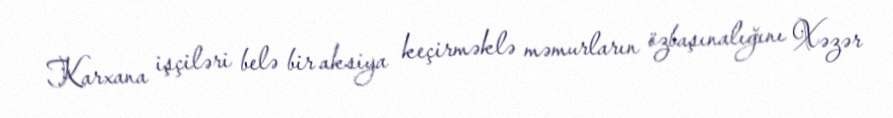
Karxana işçiləri belə bir aksiya keçirməklə məmurların özbaşınalığını Xəzər